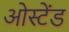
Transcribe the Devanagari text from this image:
ओस्टेंड